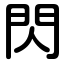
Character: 閃